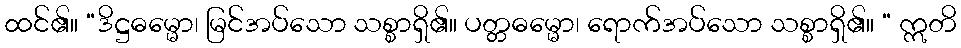
ထင်၏။ “ဒိဋ္ဌဓမ္မော၊ မြင်အပ်သော သစ္စာရှိ၏။ ပတ္တဓမ္မော၊ ရောက်အပ်သော သစ္စာရှိ၏။ “ ဣတိ